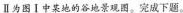
Ⅱ为图Ⅰ中某地的谷地景观图。完成下题。